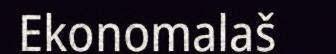
Ekonomalaš